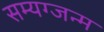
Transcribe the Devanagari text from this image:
सम्यग्जन्म